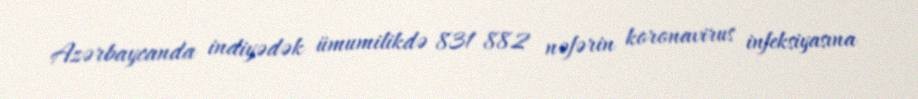
Azərbaycanda indiyədək ümumilikdə 831 882 nəfərin koronavirus infeksiyasına